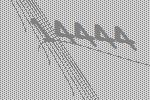
14444